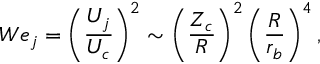
W e _ { j } = \left( \frac { U _ { j } } { U _ { c } } \right) ^ { 2 } \sim \left( \frac { Z _ { c } } { R } \right) ^ { 2 } \left( \frac { R } { r _ { b } } \right) ^ { 4 } ,